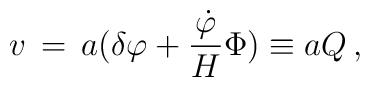
v \, =  \, a \bigl( \delta \varphi + {{{\dot \varphi}} \over H} \Phi\bigr) \equiv a Q \, ,